Vaccination in the Punjab 1897-1904 - 1897-1904
Year: 1897
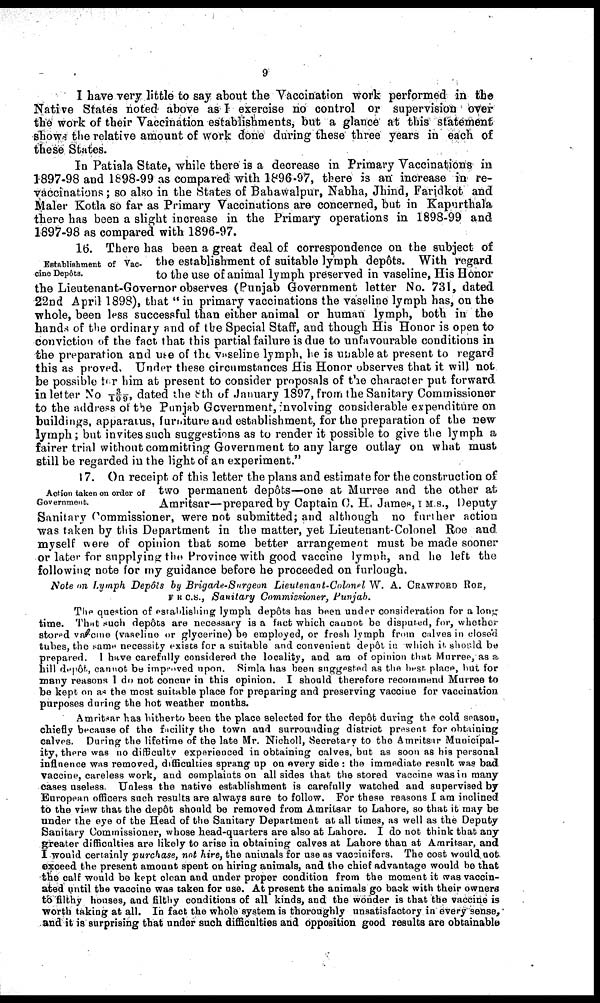
9
I have very little to say about the Vaccination work performed in the
Native States noted above as I exercise no control or supervision over
the work of their Vaccination establishments, but a glance at this statement
shows the relative amount of work done during these three years in each of
these States.
In Patiala State, while there is a decrease in Primary Vaccinations in
1897-98 and 1898-99 as compared with 1896-97, there is an increase in re-
vaccinations ; so also in the States of Bahawalpur, Nabha, Jhind, Faridkot and
Maler Kotla so far as Primary Vaccinations are concerned, but in Kapurthala
there has been a slight increase in the Primary operations in 1898-99 and
1897-98 as compared with 1896-97.
Establishment of Vac-
cine Depôts.
16. There has been a great deal of correspondence on the subject of
the establishment of suitable lymph depôts. With regard
to the use of animal lymph preserved in vaseline, His Honor
the Lieutenant-Governor observes (Punjab Government letter No. 731, dated
22nd April 1898), that " in primary vaccinations the vaseline lymph has, on the
whole, been less successful than either animal or human lymph, both in the
hands of the ordinary and of the Special Staff, and though His Honor is open to
conviction of the fact that this partial failure is due to unfavourable conditions in
the preparation and use of the vaseline lymph, he is unable at present to regard
this as proved. Under these circumstances His Honor observes that it will not
be possible for him at present to consider proposals of the character put forward
in letter No 3/ 109, dated the 8th of January 1897, from the Sanitary Commissioner
to the address of the Punjab Government, involving considerable expenditure on
buildings, apparatus, furniture and establishment, for the preparation of the new
lymph; but invites such suggestions as to render it possible to give the lymph a
fairer trial without committing Government to any large outlay on what must
still be regarded in the light of an experiment."
Action taken on order of
Government.
17. On receipt of this letter the plans and estimate for the construction of
two permanent depôts—one at Murree and the other at
Amritsar—prepared by Captain C. H, James, I M S., Deputy
Sanitary Commissioner, were not submitted; and although no further action
was taken by this Department in the matter, yet Lieutenant-Colonel Roe and
myself were of opinion that some better arrangement must be made sooner
or later for supplying the Province with good vaccine lymph, and he left the
following note for my guidance before he proceeded on furlough.
Note on lymph Depôts by Brigade-Surgeon Lieutenant-Colonel W. A. CRAWFOED ROE,
F.R.C.S., Sanitary Commissioner, Punjab.
The question of establishing lymph depôts has been under consideration for a long
time. That such depôts are necessary is a fact which cannot be disputed, for, whether
stored vaccine (vaseline or glycerine) be employed, or fresh lymph from calves in closed
tubes, the same necessity exists for a suitable and convenient depôt in which it should be
prepared. I have carefully considered the locality, and am of opinion that Murree, as a.
hill depôt, cannot be improved upon. Simla has been suggested as the best place, but for
many reasons I do not concur in this opinion. I should therefore recommend Murree to
be kept on as the most suitable place for preparing and preserving vaccine for vaccination
purposes during the hot weather months.
Amritsar has hitherto been the place selected for the depôt during the cold season,
chiefly because of the facility the town and surrounding district present for obtaining
calves. During the lifetime of the late Mr. Nicholl, Secretary to the Amritsar Municipal-
ity, there was no difficulty experienced in obtaining calves, but as soon as his personal
influence was removed, difficulties sprang up on every side : the immediate result was bad
vaccine, careless work, and complaints on all sides that the stored vaccine was in many
cases useless. Unless the native establishment is carefully watched and supervised by
European officers such results are always sure to follow. For these reasons I am inclined
to the view that the depôt should be removed from Amritsar to Lahore, so that it may be
under the eye of the Head of the Sanitary Department at all times, as well as the Deputy
Sanitary Commissioner, whose head-quarters are also at Lahore. 1 do not think that any
greater difficulties are likely to arise in obtaining calves at Lahore than at Amritsar, and
I would certainly purchase, not hire, the animals for use as vaccinifers. The cost would not
exceed the present amount spent on hiring animals, and the chief advantage would be that
the calf would be kept clean and under proper condition from the moment it was vaccin-
ated until the vaccine was taken for use. At present the animals go back with their owners
to filthy houses, and fifthy conditions of all kinds, and the wonder is that the vaccine is
worth taking at all. In fact the whole system is thoroughly unsatisfactory in every sense,
and it is surprising that under such difficulties and opposition good results are obtainable